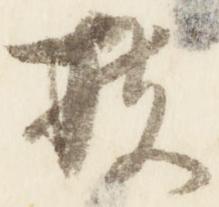
扶